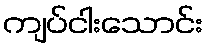
ကျပ်ငါးသောင်း